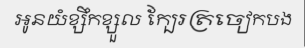
អូនយំខ្សឹកខ្សួល ក្បែរត្រចៀកបង